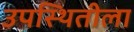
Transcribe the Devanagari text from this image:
उपस्थितीला